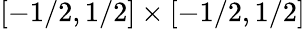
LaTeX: [-1/2,1/2]\times[-1/2,1/2]